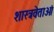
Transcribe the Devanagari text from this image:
शास्त्रवेताओं